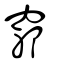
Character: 𥨪